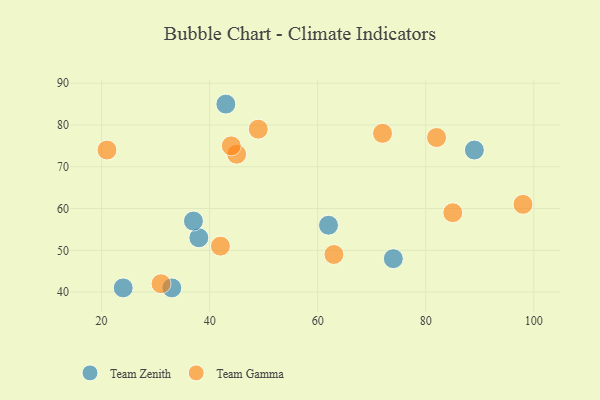
{"axis": {"x": "GDP", "y": "Life Expectancy"}, "legend": ["Team Gamma", "Team Zenith"], "data": [{"x": "24", "y": 41, "type": "Team Zenith"}, {"x": "89", "y": 74, "type": "Team Zenith"}, {"x": "38", "y": 53, "type": "Team Zenith"}, {"x": "43", "y": 85, "type": "Team Zenith"}, {"x": "74", "y": 48, "type": "Team Zenith"}, {"x": "62", "y": 56, "type": "Team Zenith"}, {"x": "37", "y": 57, "type": "Team Zenith"}, {"x": "33", "y": 41, "type": "Team Zenith"}, {"x": "45", "y": 73, "type": "Team Gamma"}, {"x": "42", "y": 51, "type": "Team Gamma"}, {"x": "98", "y": 61, "type": "Team Gamma"}, {"x": "31", "y": 42, "type": "Team Gamma"}, {"x": "21", "y": 74, "type": "Team Gamma"}, {"x": "63", "y": 49, "type": "Team Gamma"}, {"x": "49", "y": 79, "type": "Team Gamma"}, {"x": "72", "y": 78, "type": "Team Gamma"}, {"x": "44", "y": 75, "type": "Team Gamma"}, {"x": "82", "y": 77, "type": "Team Gamma"}, {"x": "85", "y": 59, "type": "Team Gamma"}]}